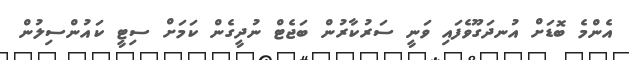
އެންމެ ބޮޑަށް އުނދަގޫވެފައި ވަނީ ސަރުކާރުން ބަޖެޓް ނުދީގެން ކަމަށް ސިޓީ ކައުންސިލުން